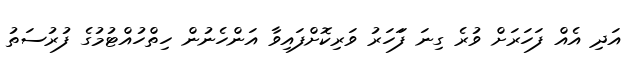
އަދި އެއް ފަހަރަށް ވުރެ ގިނަ ފަަހަރު ވަރިކޮށްފައިވާ އަންހެނުން ހިތްހުއްޓުމުގެ ފުރުސަތު